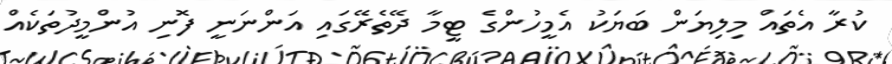
ކުރާ އެތައް މިލިޔަން ބަޔަކު އެމީހުންގެ ޓީމާ ދޭތެރޭގައި އަންނަނީ ފޮނި އުންމީދުތަކެއް